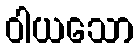
ဝါယသော